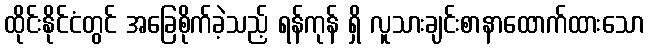
ထိုင်းနိုင်ငံတွင် အခြေစိုက်ခဲ့သည့် ရန်ကုန် ရှိ လူသားချင်းစာနာထောက်ထားသော